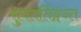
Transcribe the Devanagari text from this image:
सुवंततिङ्गन्त